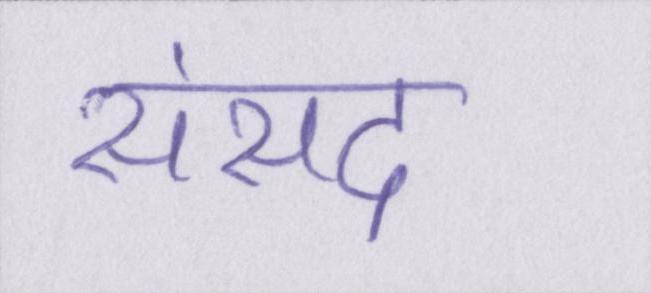
संसद